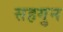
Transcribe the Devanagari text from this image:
सहगुन